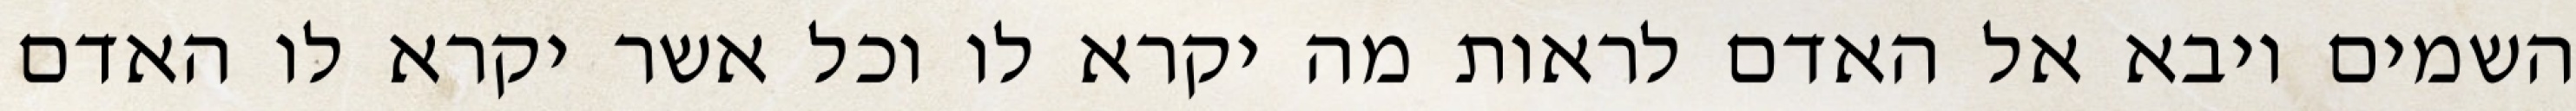
השמים ויבא אל האדם לראות מה יקרא לו וכל אשר יקרא לו האדם